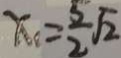
x _ { 1 } = \frac { 5 } { 2 } \sqrt { 2 }